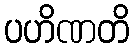
ပဟိဏတိ